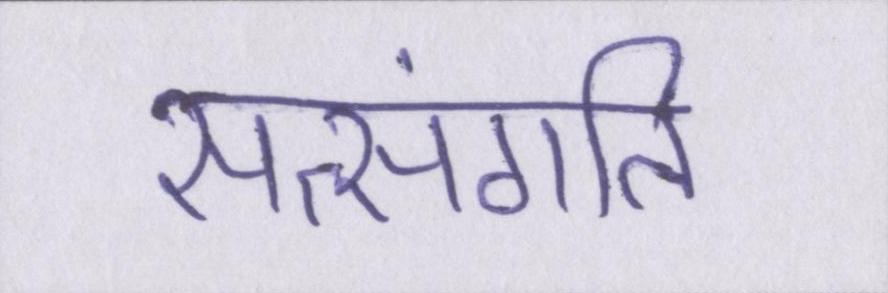
सत्संगति